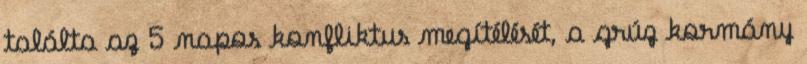
találta az 5 napos konfliktus megítélését, a grúz kormány